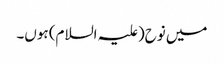
میں نوح(علیہ السلام) ہوں۔